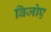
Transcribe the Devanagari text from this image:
बिजोए